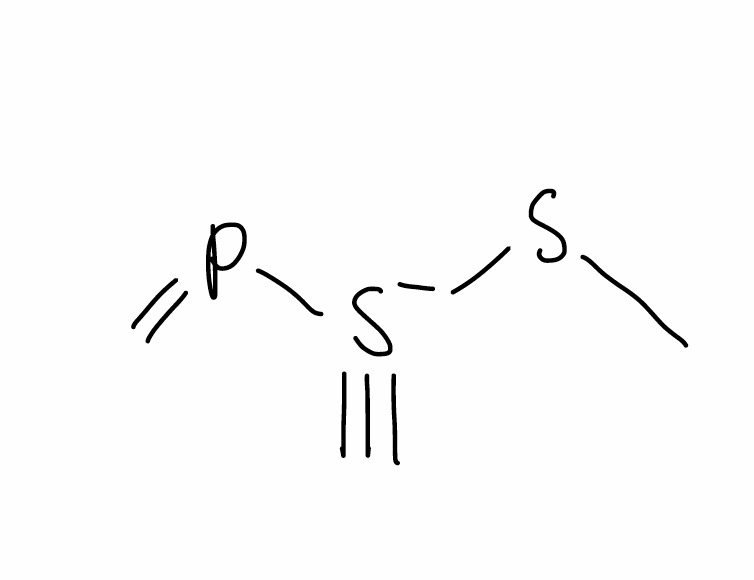
Simplified molecular-input line-entry system (SMILES) notation of the given molecule:
CS[S-](#C)P=C